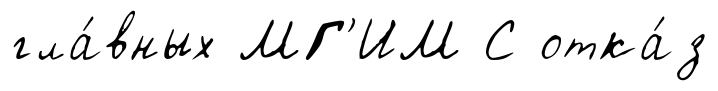
гла́вных МГ'ИМ С отка́з